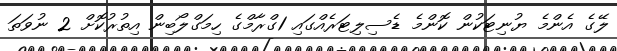
ލޭގެ އެންމެ ޔުނިޓަކުން ކޮންމެ ޑެސިލިޓަރެއްގައި 1ގްރާމްގެ ހިމަގްލޯބިން އިތުރުކޮށް 2 ނުވަތަ